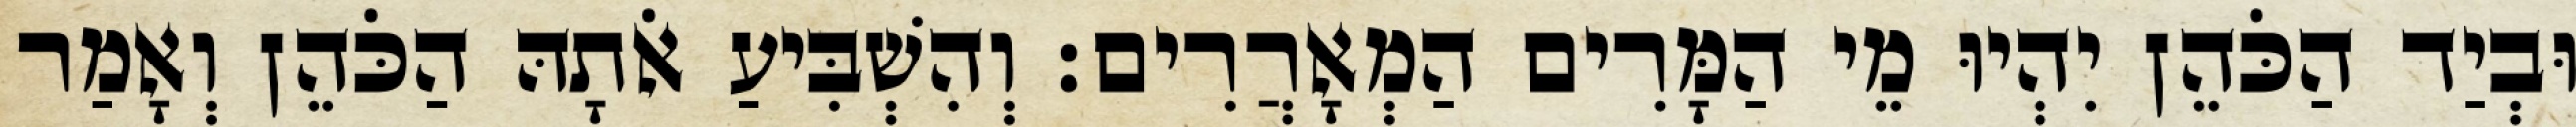
וּבְיַד הַכֹּהֵן יִהְיוּ מֵי הַמָּרִים הַמְאָרֲרִים׃ וְהִשְׁבִּיעַ אֹתָהּ הַכֹּהֵן וְאָמַר